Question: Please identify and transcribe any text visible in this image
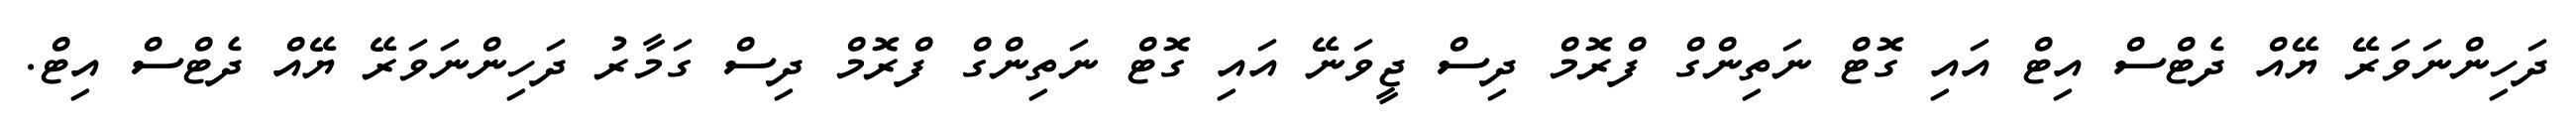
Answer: ދަހިންނަވަރޭ ޔޭއް ދެޓްސް އިޓް އައި ގޮޓް ނަތިންގް ފްރޮމް ދިސް ޖީވަނޭ އައި ގޮޓް ނަތިންގް ފްރޮމް ދިސް ގަމާރު ދަހިންނަވަރޭ ޔޭއް ދެޓްސް އިޓް.